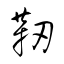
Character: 靭